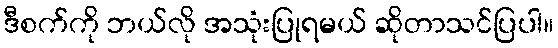
ဒီစက်ကို ဘယ်လို အသုံးပြုရမယ် ဆိုတာသင်ပြပါ။